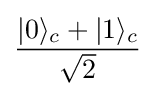
{\frac {|0\rangle _{c}+|1\rangle _{c}}{\sqrt {2}}}